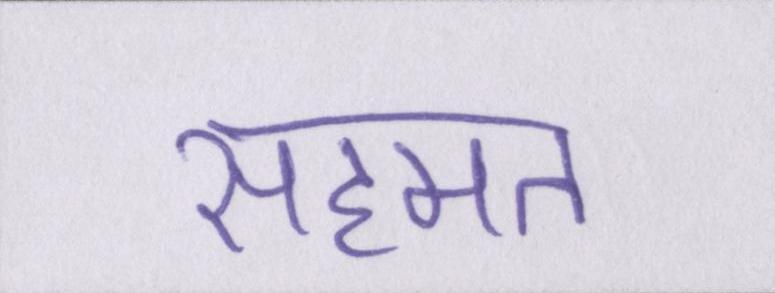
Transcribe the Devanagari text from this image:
सहमत